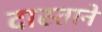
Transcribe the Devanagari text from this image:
दास्तानें